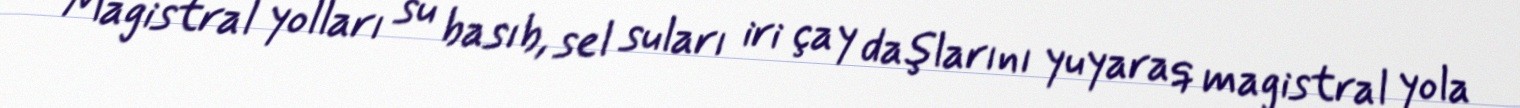
Magistral yolları su basıb, sel suları iri çay daşlarını yuyaraq magistral yola